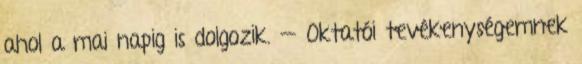
ahol a mai napig is dolgozik. — Oktatói tevékenységemnek